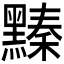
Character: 𪒆